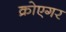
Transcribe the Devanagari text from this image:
क्रोएगर